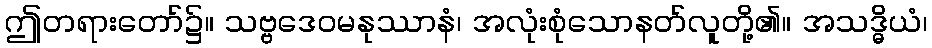
ဤတရားတော်၌။ သဗ္ဗဒေဝမနုဿာနံ၊ အလုံးစုံသောနတ်လူတို့၏။ အသဒ္ဓိယံ၊